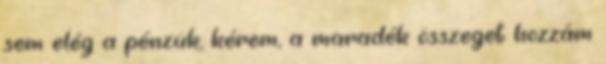
sem elég a pénzük, kérem, a maradék összeget hozzám